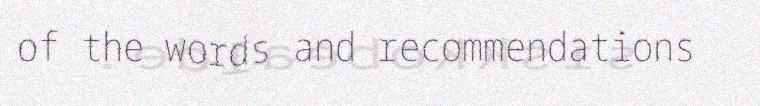
of the words and recommendations